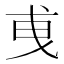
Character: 𢦣